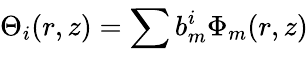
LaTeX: {\Theta_{i}(r,z)=\sum_{}^{}{b_{m}^{i}\Phi_{m}(r,z)}}